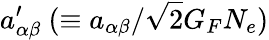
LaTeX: a_{\alpha\beta}^{\prime}~(\equiv a_{\alpha\beta}/\sqrt{2}G_{F}N_{e})